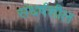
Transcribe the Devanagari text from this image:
संधर्षशील